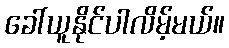
ခေါ်ယူနိုင်ပါလိမ့်မယ်။